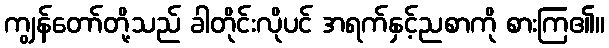
ကျွန်တော်တို့သည် ခါတိုင်းလိုပင် အရက်နှင့်ညစာကို စားကြ၏။